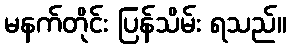
မနက်တိုင်း ပြန်သိမ်း ရသည်။